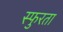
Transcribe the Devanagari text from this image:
स्फुरता